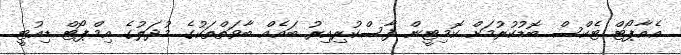
އެއާޕޯޓް ޓެކްސް ބޮޑުކުރުމަށް ކޮމިޓީން ފާސްކުރިއިރު ބައެއް ބާވަތްތަކުގެ މުދަލުގެ އިމްޕޯޓް ޑިއުޓީ